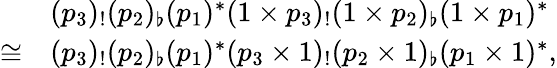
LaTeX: \begin{array}{rl}&{(p_{3})_{!}(p_{2})_{\flat}(p_{1})^{*}(1\times p_{3})_{!}(1\times p_{2})_{\flat}(1\times p_{1})^{*}}\\ {\cong}&{(p_{3})_{!}(p_{2})_{\flat}(p_{1})^{*}(p_{3}\times 1)_{!}(p_{2}\times 1)_{\flat}(p_{1}\times 1)^{*},}\end{array}